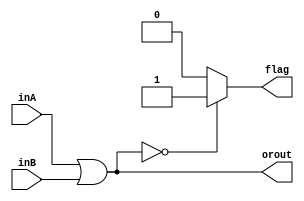
`timescale 1ns / 1ps
//////////////////////////////////////////////////////////////////////////////////
// Company: 
// Engineer: 
// 
// Design Name: 
// Module Name: OR
// Project Name: 
// Target Devices: 
// Tool Versions: 
// Description: 
// 
// Dependencies: 
// 
// Revision:
// Revision 0.01 - File Created
// Additional Comments:
// 
//////////////////////////////////////////////////////////////////////////////////


module OR(inA, inB, orout, flag);
    input [31:0] inA;
    input [31:0] inB;
    output reg [31:0] orout;
    output reg flag;
    
    always@(*) begin
        orout = inA|inB;
        if(orout==0)
            flag = 1;
        else
            flag = 0;
    end
endmodule